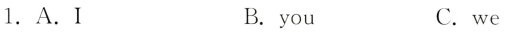
1.A.I B.you C.we